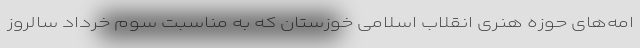
امه‌های حوزه هنری انقلاب اسلامی خوزستان که به مناسبت سوم خرداد سالروز